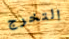
التخرج